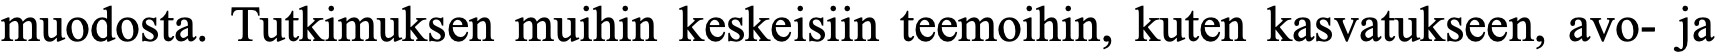
muodosta. Tutkimuksen muihin keskeisiin teemoihin, kuten kasvatukseen, avo- ja